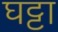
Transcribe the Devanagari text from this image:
घट्टा